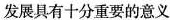
发展具有十分重要的意义